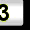
Digit: 3